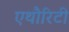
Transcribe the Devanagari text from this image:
एथौरिटी